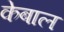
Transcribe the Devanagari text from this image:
केबाल